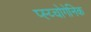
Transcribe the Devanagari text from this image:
प्स्य्चोगेनिक